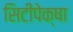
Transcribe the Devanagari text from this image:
सिटीपेक्षा